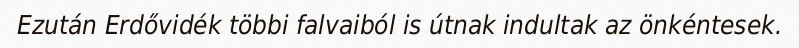
Ezután Erdővidék többi falvaiból is útnak indultak az önkéntesek.